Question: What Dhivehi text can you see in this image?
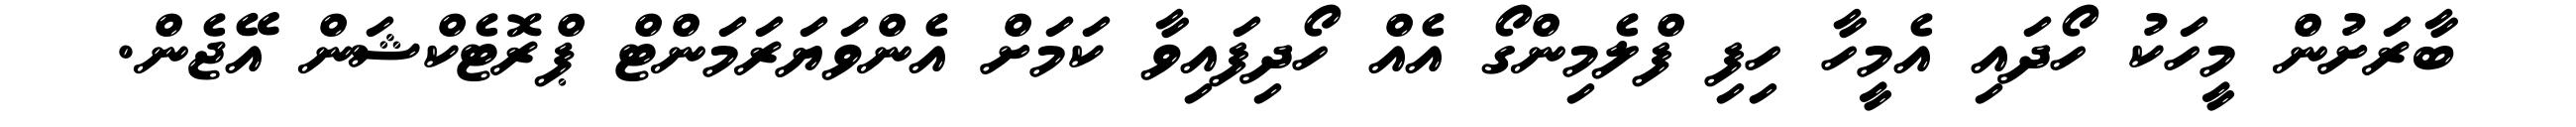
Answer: ބާރަށުން މީހަކު ހޯދައި އެމީހާ ހިފި ފްލެމިންގޯ އެއް ހޯދިފައިވާ ކަމަށް އެންވަޔަރަމަންޓް ޕްރޮޓެކްޝަން އޭޖެން.